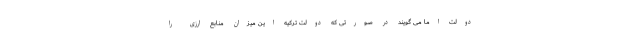
دولت اما می گویند در صورتی که دولت ترکیه این میزان منابع ارزی را